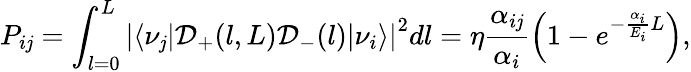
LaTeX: P_{i\mathit{j}}=\int_{l=0}^{L}\left|\left<\nu_{\mathit{j}}|\mathcal{{D}}_{+}(l,L)\mathcal{{D}}_{-}(l)|\nu_{i}\right>\right|^{2}dl=\eta\frac{{\alpha_{i\mathit{j}}}}{{\alpha_{i}}}\left(1-e^{-\frac{{\alpha_{i}}}{{E_{i}}}L}\right),